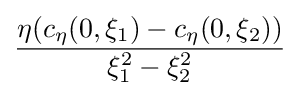
{\frac {\eta (c_{\eta }(0,\xi _{1})-c_{\eta }(0,\xi _{2}))}{\xi _{1}^{2}-\xi _{2}^{2}}}